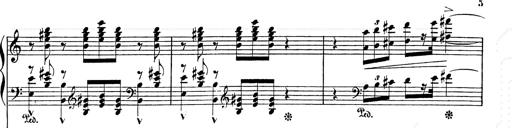
Title: Festvorspiel
Composer: Franz Liszt